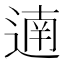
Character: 遖